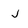
Character: j